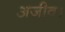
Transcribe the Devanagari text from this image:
अजीव।